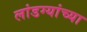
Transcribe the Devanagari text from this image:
लांडग्यांच्या